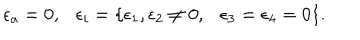
\epsilon _ { a } = 0 , \epsilon _ { i } = \{ \epsilon _ { 1 } , \epsilon _ { 2 } \not = 0 , \epsilon _ { 3 } = \epsilon _ { 4 } = 0 \} .